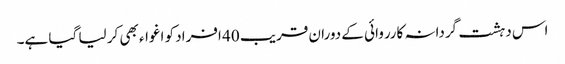
اس دہشت گردانہ کارروائی کے دوران قریب 40 افراد کو اغواء بھی کر لیا گیا ہے۔